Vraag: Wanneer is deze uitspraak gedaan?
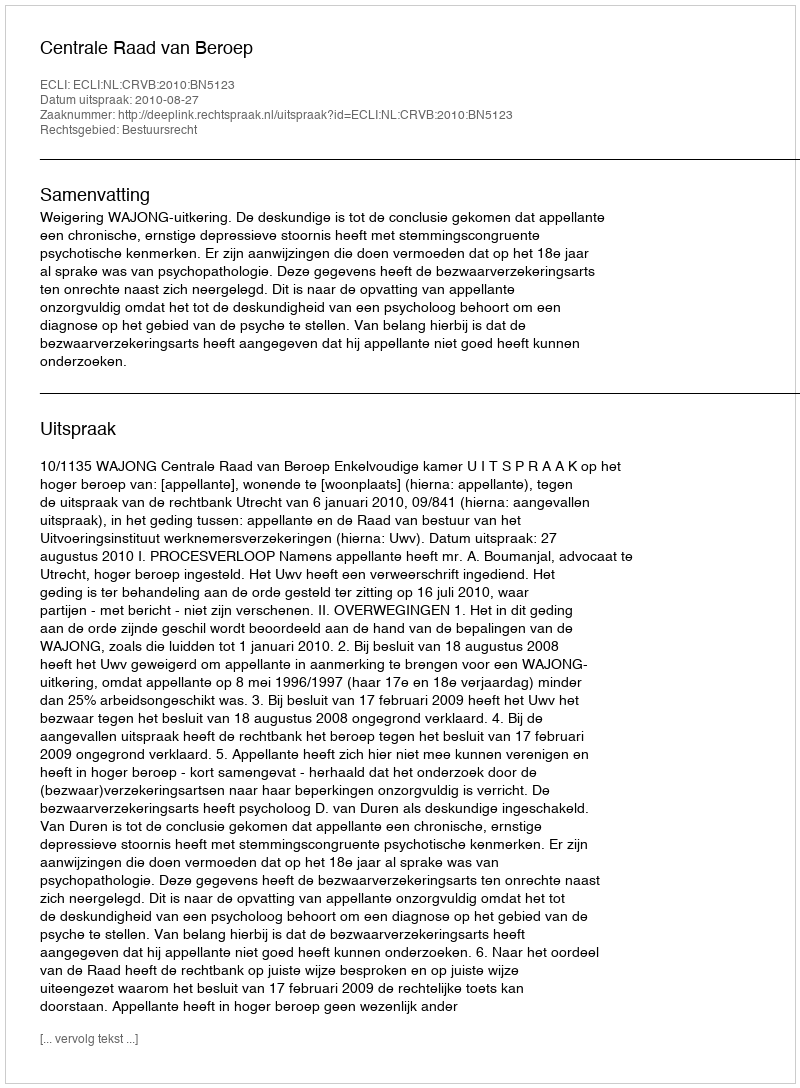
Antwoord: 2010-08-27